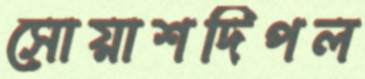
সোয়াশদিপল